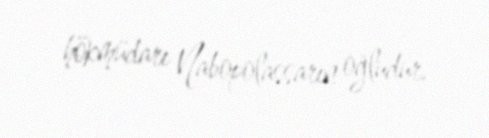
hökmüdarı Nabopolassarın oğludur.